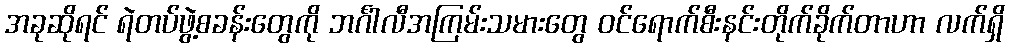
အခုဆိုရင် ရဲတပ်ဖွဲ့စခန်းတွေကို ဘင်္ဂါလီအကြမ်းသမားတွေ ဝင်ရောက်စီးနင်းတိုက်ခိုက်တာဟာ လက်ရှိ